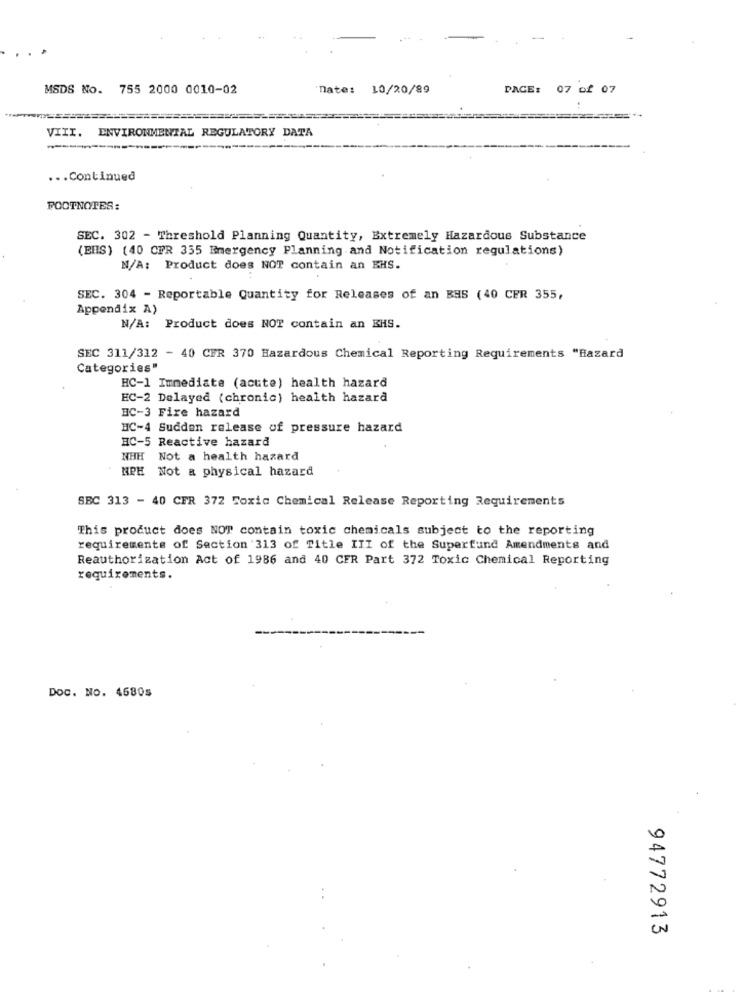
MSDS No. 755 2000 0010-02
Date: 10/20/89
PACE: 07 of 07
VIII. ENVIRONMENTAL REGULATORY DATA
... Continued
FOOTNOTES:
SEC. 302 - Threshold Planning Quantity, Extremely Hazardous Substance
(EHS) (40 CFR 335 Emergency Planning and Notification regulations)
N/A: Product does NOT contain an EHS.
SEC. 304 - Reportable Quantity for Releases of an BHS (40 CER 355,
Appendix A)
N/A: Product does NOT contain an EHS.
SEC 311/312 - 40 CFR 370 Hazardous Chemical Reporting Requirements "Hazard
Categories"
HC-1 Immediate (acute) health hazard
EC-2 Delayed (chronic) health hazard
HC-3 Fire hazard
HC-4 Sudden release of pressure hazard
HC-5 Reactive hazard
NHH Not a health hazard
NPH Not a physical hazard
SBC 313 - 40 CFR 372 Toxic Chemical Release Reporting Requirements
This product does NOT contain toxic chemicals subject to the reporting
requirements of Section '313 of Title III of the Superfund Amendments and
Reauthorization Act of 1986 and 40 CFR Part 372 Toxic Chemical Reporting
requirements.
Doc. No. 4680s
94772913